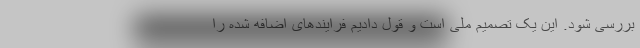
بررسی شود. این یک تصمیم ملی است و قول دادیم فرایندهای اضافه شده را